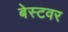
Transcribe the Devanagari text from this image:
बेस्टवर